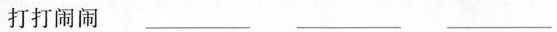
打打闹闹 ___ ___ ___